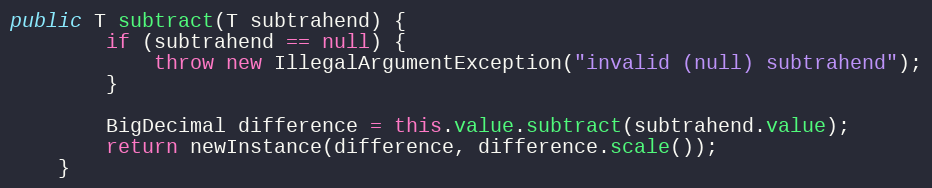
Language: Java
public T subtract(T subtrahend) {
        if (subtrahend == null) {
            throw new IllegalArgumentException("invalid (null) subtrahend");
        }

        BigDecimal difference = this.value.subtract(subtrahend.value);
        return newInstance(difference, difference.scale());
    }